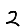
Digit: 2